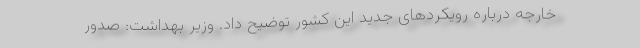
خارجه درباره رویکردهای جدید این کشور توضیح داد. وزیر بهداشت: صدور